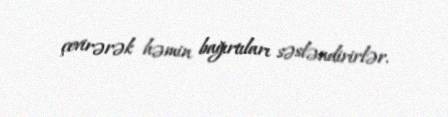
çevirərək həmin bağırtıları səsləndirirlər.